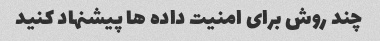
چند روش برای امنیت داده ها پیشنهاد کنید